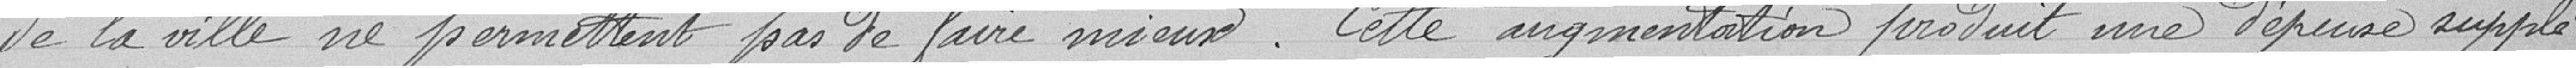
de la ville ne permettent pas de faire mieux. Cette augmentation produit une dépense supplé